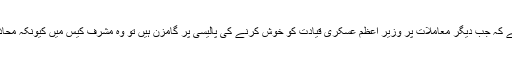
اب سوال یہ پیدا ہوتا ہے کہ جب دیگر معاملات پر وزیرِ اعظم عسکری قیادت کو خوش کرنے کی پالیسی پر گامزن ہیں تو وہ مشرف کیس میں کیونکہ محاذآرائی پر اتر آئیں گے؟